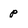
Character: p